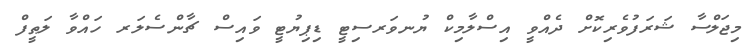
މިޖަލްސާ ޝަރަފުވެރިކޮށް ދެއްވީ އިސްލާމިކް ޔުނވަރސިޓީ ޑިޕިޔުޓީ ވައިސް ޗާންސެލަރ ހައްވާ ލަޠީފް